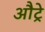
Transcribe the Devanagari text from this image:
औट्रे